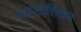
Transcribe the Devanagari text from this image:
आप्टीशियन